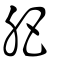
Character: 肥